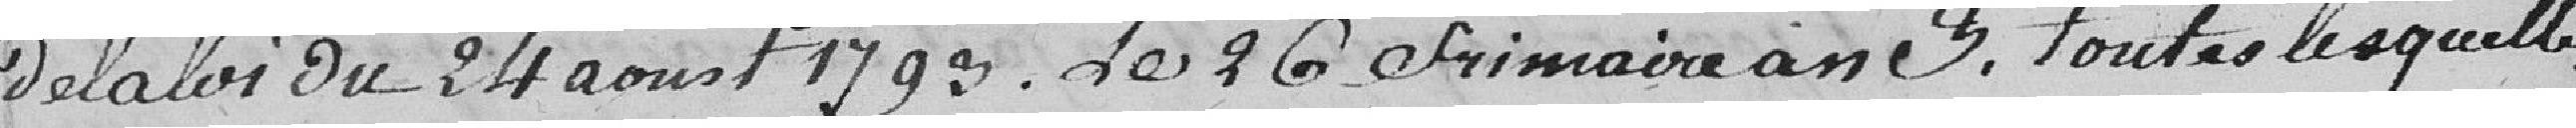
de la loi du 24 août 1799.